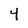
Character: 4